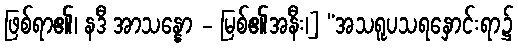
ဖြစ်ရာ၏၊ နဒီ အာသန္နော - မြစ်၏အနီး၊] “အသရူပသရနှောင်းရာ၌